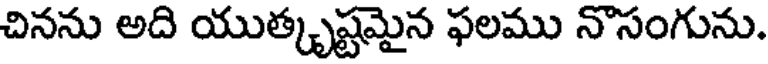
చినను అది యుత్కృష్టమైన ఫలము నొసంగును.